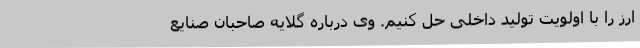
ارز را با اولویت تولید داخلی حل کنیم. وی درباره گلایه صاحبان صنایع